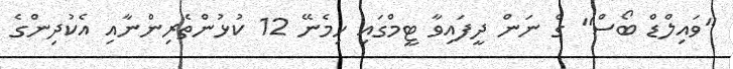
"ވައިލްޑް ބޯސް" ގެ ނަން ދީފައިވާ ޓީމްގައި ހިމެނޭ 12 ކުޅުންތެރިންނާއި އެކުދިންގެ